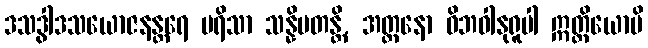
ဒသဒွါဒသယောဇနန္တရေ ပရိသာ သန္နိပတန္တိ, အတ္တနော ဝိဘဝါနုရူပါ ဣတ္ထိယောပိ